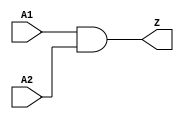
// SPDX-License-Identifier: Apache-2.0
// Copyright (C) 2019 Intel Corporation. 
module c3aibadapt_cmn_clkand2
(
        output  wire    Z,
        input   wire    A1,
        input   wire    A2
);

	assign Z = A1 & A2;

endmodule // c3adapt_cmn_clkand2